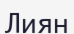
Лиян